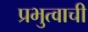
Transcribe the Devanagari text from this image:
प्रभुत्वाची